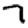
Digit: 7